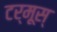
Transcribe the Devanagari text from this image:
टर्मूस्